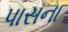
પાસના